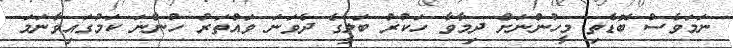
ނަމަވެސް ބޮޑެތި މީހުންނަށް ދިމާވާ ހަކުރު ބަލީގެ ދެވަނަ ވައްތަރު ހުންނަ ކަމުގައިވާނަމަ